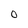
Character: O